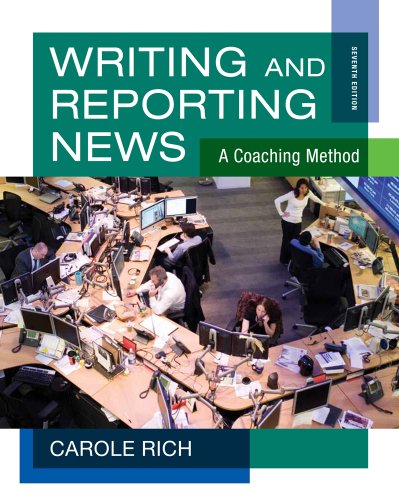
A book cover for Writing and Reporting News: A Coaching Method (Wadsworth Series in Mass Communication and Journalism); Carole Rich; Business & Money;